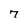
Character: 7